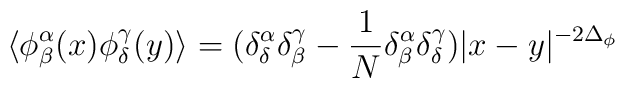
\langle\phi^{\alpha}_{\beta}(x)\phi^{\gamma}_{\delta}(y)\rangle=(\delta^{\alpha}_{\delta}\delta^{\gamma}_{\beta}-\frac{1}{N}\delta^{\alpha}_{\beta}\delta^{\gamma}_{\delta})|x-y|^{-2\Delta_\phi}